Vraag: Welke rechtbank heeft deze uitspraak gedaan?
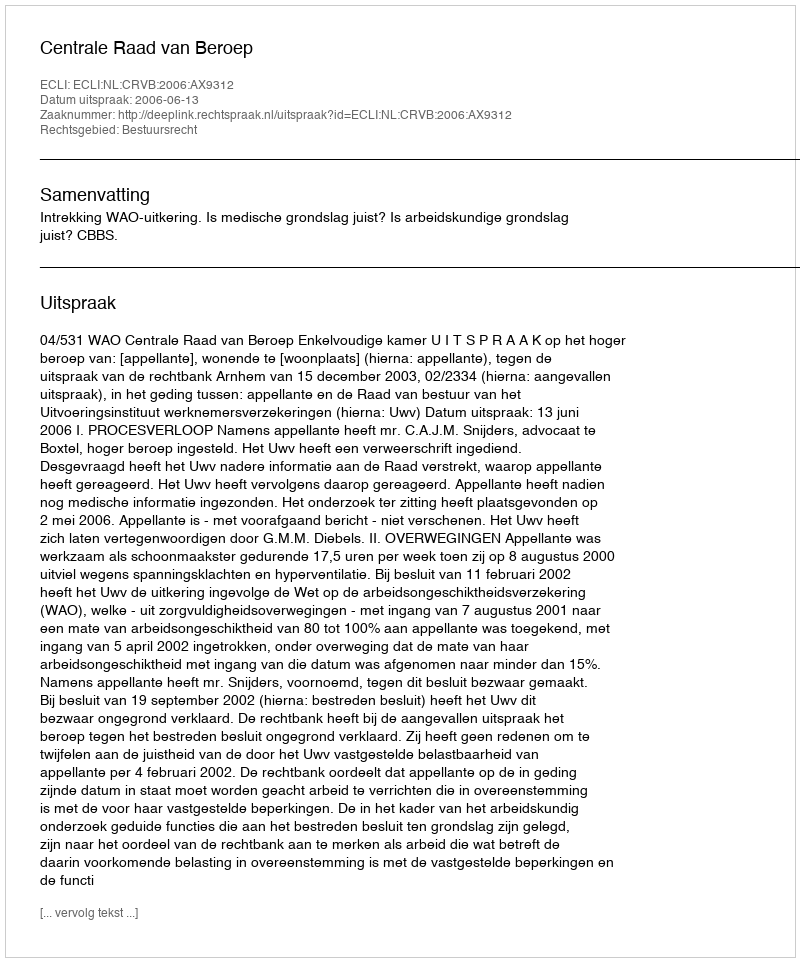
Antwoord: Centrale Raad van Beroep